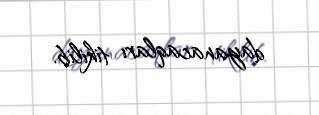
dayanacaqları tikilib.